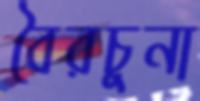
বৈরচুনা